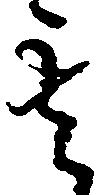
其